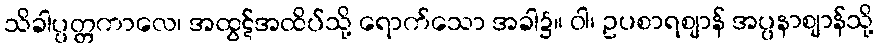
သိခါပ္ပတ္တကာလေ၊ အထွဋ်အထိပ်သို့ ရောက်သော အခါ၌။ ဝါ၊ ဥပစာရဈာန် အပ္ပနာဈာန်သို့